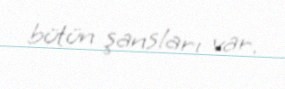
bütün şansları var.